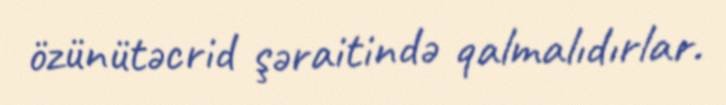
özünütəcrid şəraitində qalmalıdırlar.